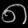
Digit: ၈